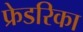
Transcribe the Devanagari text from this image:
फ्रेडरिका